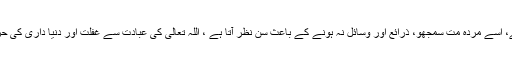
ہمارا نفس بھی اژدھے کی مانند ہے، اسے مردہ مت سمجھو، ذرائع اور وسائل نہ ہونے کے باعث سُن نظر آتا ہے ، اللہ تعالٰی کی عبادت سے غفلت اور دنیا داری کی حرارت سے وہ حرکت میں آجاتا ہے۔